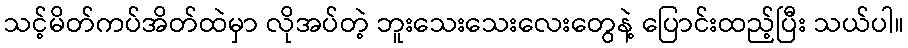
သင့်မိတ်ကပ်အိတ်ထဲမှာ လိုအပ်တဲ့ ဘူးသေးသေးလေးတွေနဲ့ ပြောင်းထည့်ပြီး သယ်ပါ။